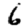
Digit: 6